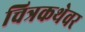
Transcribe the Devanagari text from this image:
चित्रकथेवर